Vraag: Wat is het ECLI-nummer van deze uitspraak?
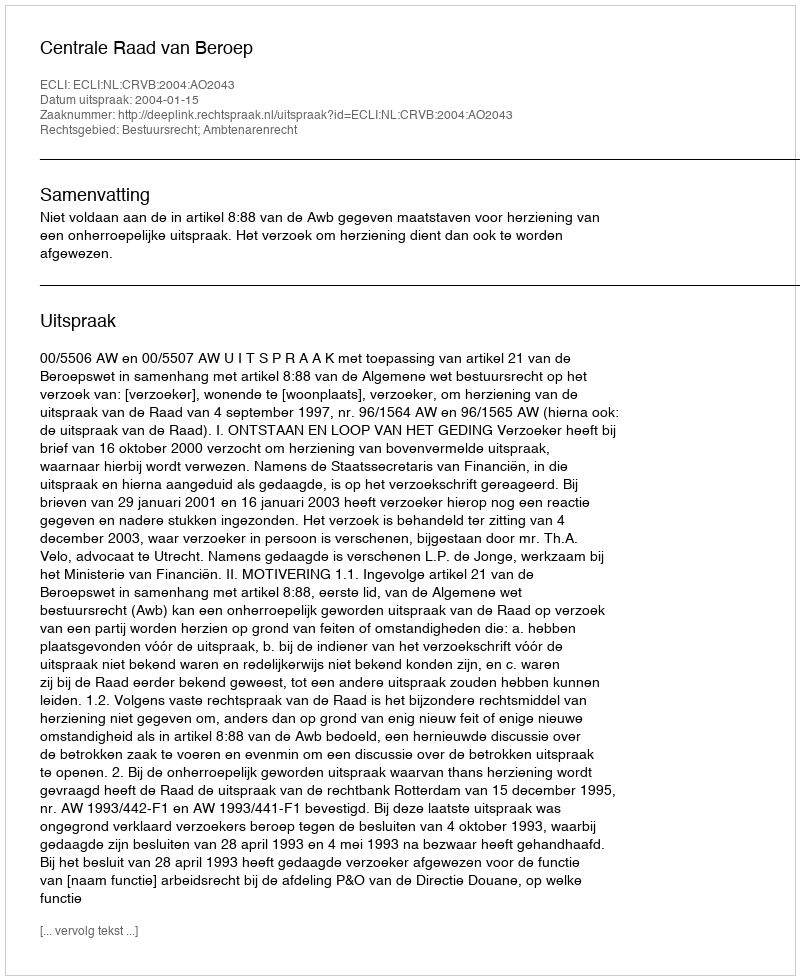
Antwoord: ECLI:NL:CRVB:2004:AO2043